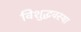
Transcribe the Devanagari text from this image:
विशुद्धवस्था